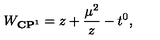
W _ { { \bf C P } ^ { 1 } } = z + { \frac { \mu ^ { 2 } } { z } } - t ^ { 0 } ,